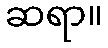
ဆရာ။